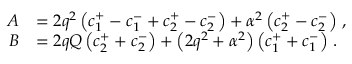
\begin{array} { r l } { A } & { = 2 q ^ { 2 } \left( c _ { 1 } ^ { + } - c _ { 1 } ^ { - } + c _ { 2 } ^ { + } - c _ { 2 } ^ { - } \right) + \alpha ^ { 2 } \left( c _ { 2 } ^ { + } - c _ { 2 } ^ { - } \right) \, , } \\ { B } & { = 2 q Q \left( c _ { 2 } ^ { + } + c _ { 2 } ^ { - } \right) + \left( 2 q ^ { 2 } + \alpha ^ { 2 } \right) \left( c _ { 1 } ^ { + } + c _ { 1 } ^ { - } \right) \, . } \end{array}